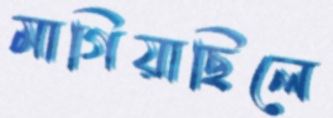
মাগিয়াছিলে